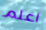
اعلم